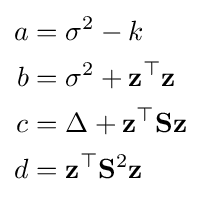
{\begin{aligned}a&=\sigma ^{2}-k\\b&=\sigma ^{2}+\mathbf {z} ^{\top }\mathbf {z} \\c&=\Delta +\mathbf {z} ^{\top }\mathbf {S} \mathbf {z} \\d&=\mathbf {z} ^{\top }\mathbf {S} ^{2}\mathbf {z} \end{aligned}}